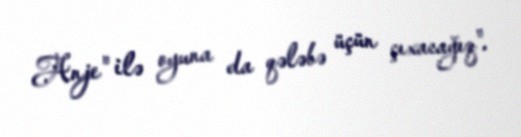
Anje" ilə oyuna da qələbə üçün çıxacağıq".